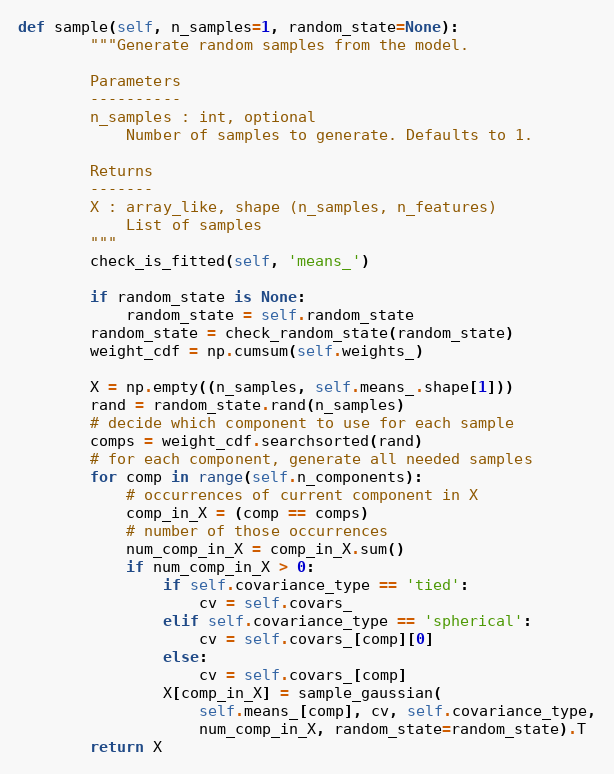
Language: Python
def sample(self, n_samples=1, random_state=None):
        """Generate random samples from the model.

        Parameters
        ----------
        n_samples : int, optional
            Number of samples to generate. Defaults to 1.

        Returns
        -------
        X : array_like, shape (n_samples, n_features)
            List of samples
        """
        check_is_fitted(self, 'means_')

        if random_state is None:
            random_state = self.random_state
        random_state = check_random_state(random_state)
        weight_cdf = np.cumsum(self.weights_)

        X = np.empty((n_samples, self.means_.shape[1]))
        rand = random_state.rand(n_samples)
        # decide which component to use for each sample
        comps = weight_cdf.searchsorted(rand)
        # for each component, generate all needed samples
        for comp in range(self.n_components):
            # occurrences of current component in X
            comp_in_X = (comp == comps)
            # number of those occurrences
            num_comp_in_X = comp_in_X.sum()
            if num_comp_in_X > 0:
                if self.covariance_type == 'tied':
                    cv = self.covars_
                elif self.covariance_type == 'spherical':
                    cv = self.covars_[comp][0]
                else:
                    cv = self.covars_[comp]
                X[comp_in_X] = sample_gaussian(
                    self.means_[comp], cv, self.covariance_type,
                    num_comp_in_X, random_state=random_state).T
        return X